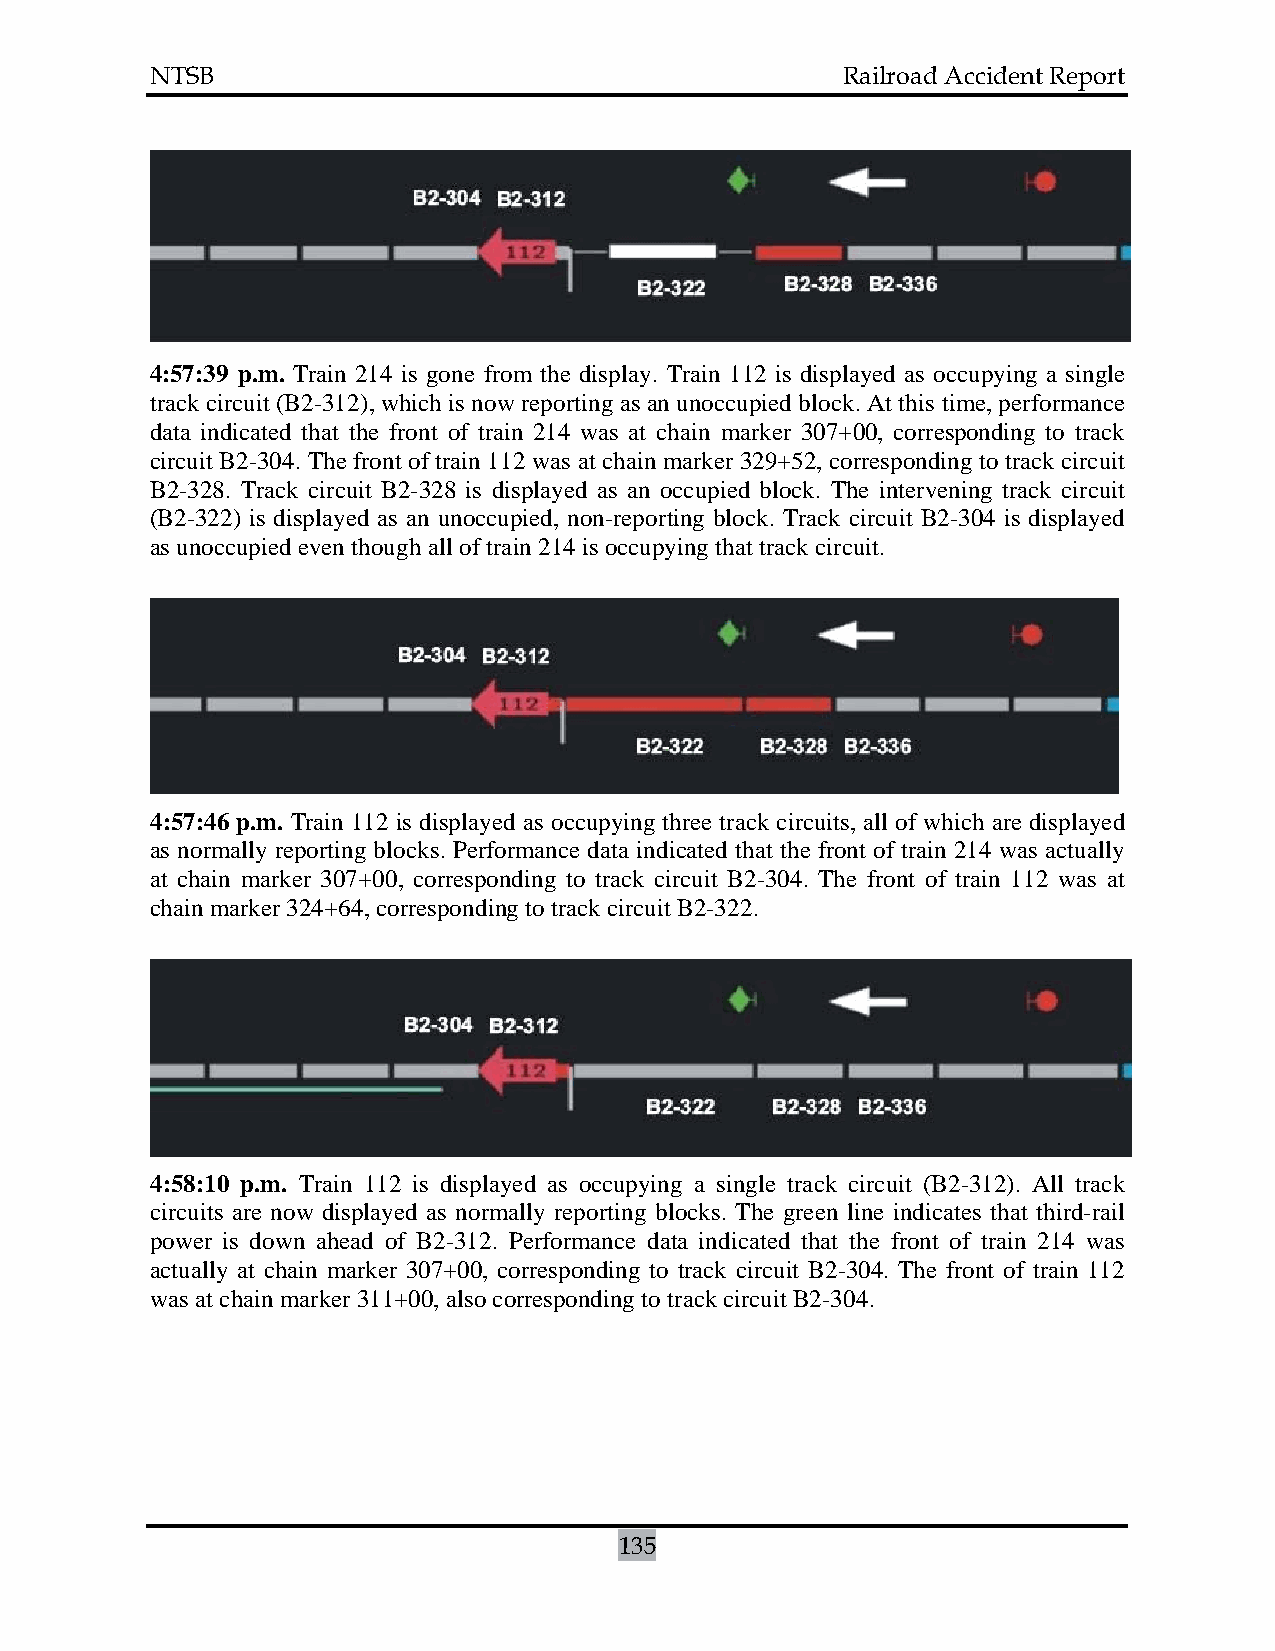
NTSB                                          Railroad Accident Report
 4:57:39 p.m. Train 214 is gone from the display. Train 112 is displayed as occupying a single
 track circuit (B2-312), which is now reporting as an unoccupied block. At this time, performance
 data indicated that the front of train 214 was at chain marker 307+00, corresponding to track
 circuit B2-304. The front of train 112 was at chain marker 329+52, corresponding to track circuit
 B2-328. Track circuit B2-328 is displayed as an occupied block. The intervening track circuit
 (B2-322) is displayed as an unoccupied, non-reporting block. Track circuit B2-304 is displayed
 as unoccupied even though all of train 214 is occupying that track circuit.
 4:57:46 p.m. Train 112 is displayed as occupying three track circuits, all of which are displayed
 as normally reporting blocks. Performance data indicated that the front of train 214 was actually
 at chain marker 307+00, corresponding to track circuit B2-304. The front of train 112 was at
 chain marker 324+64, corresponding to track circuit B2-322.
 4:58:10 p.m. Train 112 is displayed as occupying a single track circuit (B2-312). All track
 circuits are now displayed as normally reporting blocks. The green line indicates that third-rail
 power is down ahead of B2-312. Performance data indicated that the front of train 214 was
 actually at chain marker 307+00, corresponding to track circuit B2-304. The front of train 112
 was at chain marker 311+00, also corresponding to track circuit B2-304.
 135